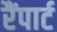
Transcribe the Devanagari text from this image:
रैंपार्ट